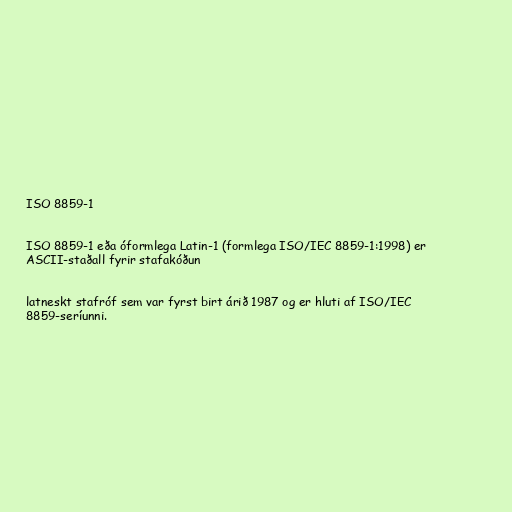
ISO 8859-1

ISO 8859-1 eða óformlega Latin-1 (formlega ISO/IEC 8859-1:1998) er
ASCII-staðall fyrir stafakóðun

latneskt stafróf sem var fyrst birt árið 1987 og er hluti af ISO/IEC
8859-seríunni.